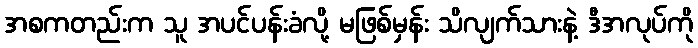
အစကတည်းက သူ အပင်ပန်းခံလို့ မဖြစ်မှန်း သိလျက်သားနဲ့ ဒီအလုပ်ကို